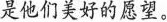
是他们美好的愿望。